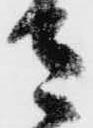
さ